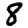
Digit: 8